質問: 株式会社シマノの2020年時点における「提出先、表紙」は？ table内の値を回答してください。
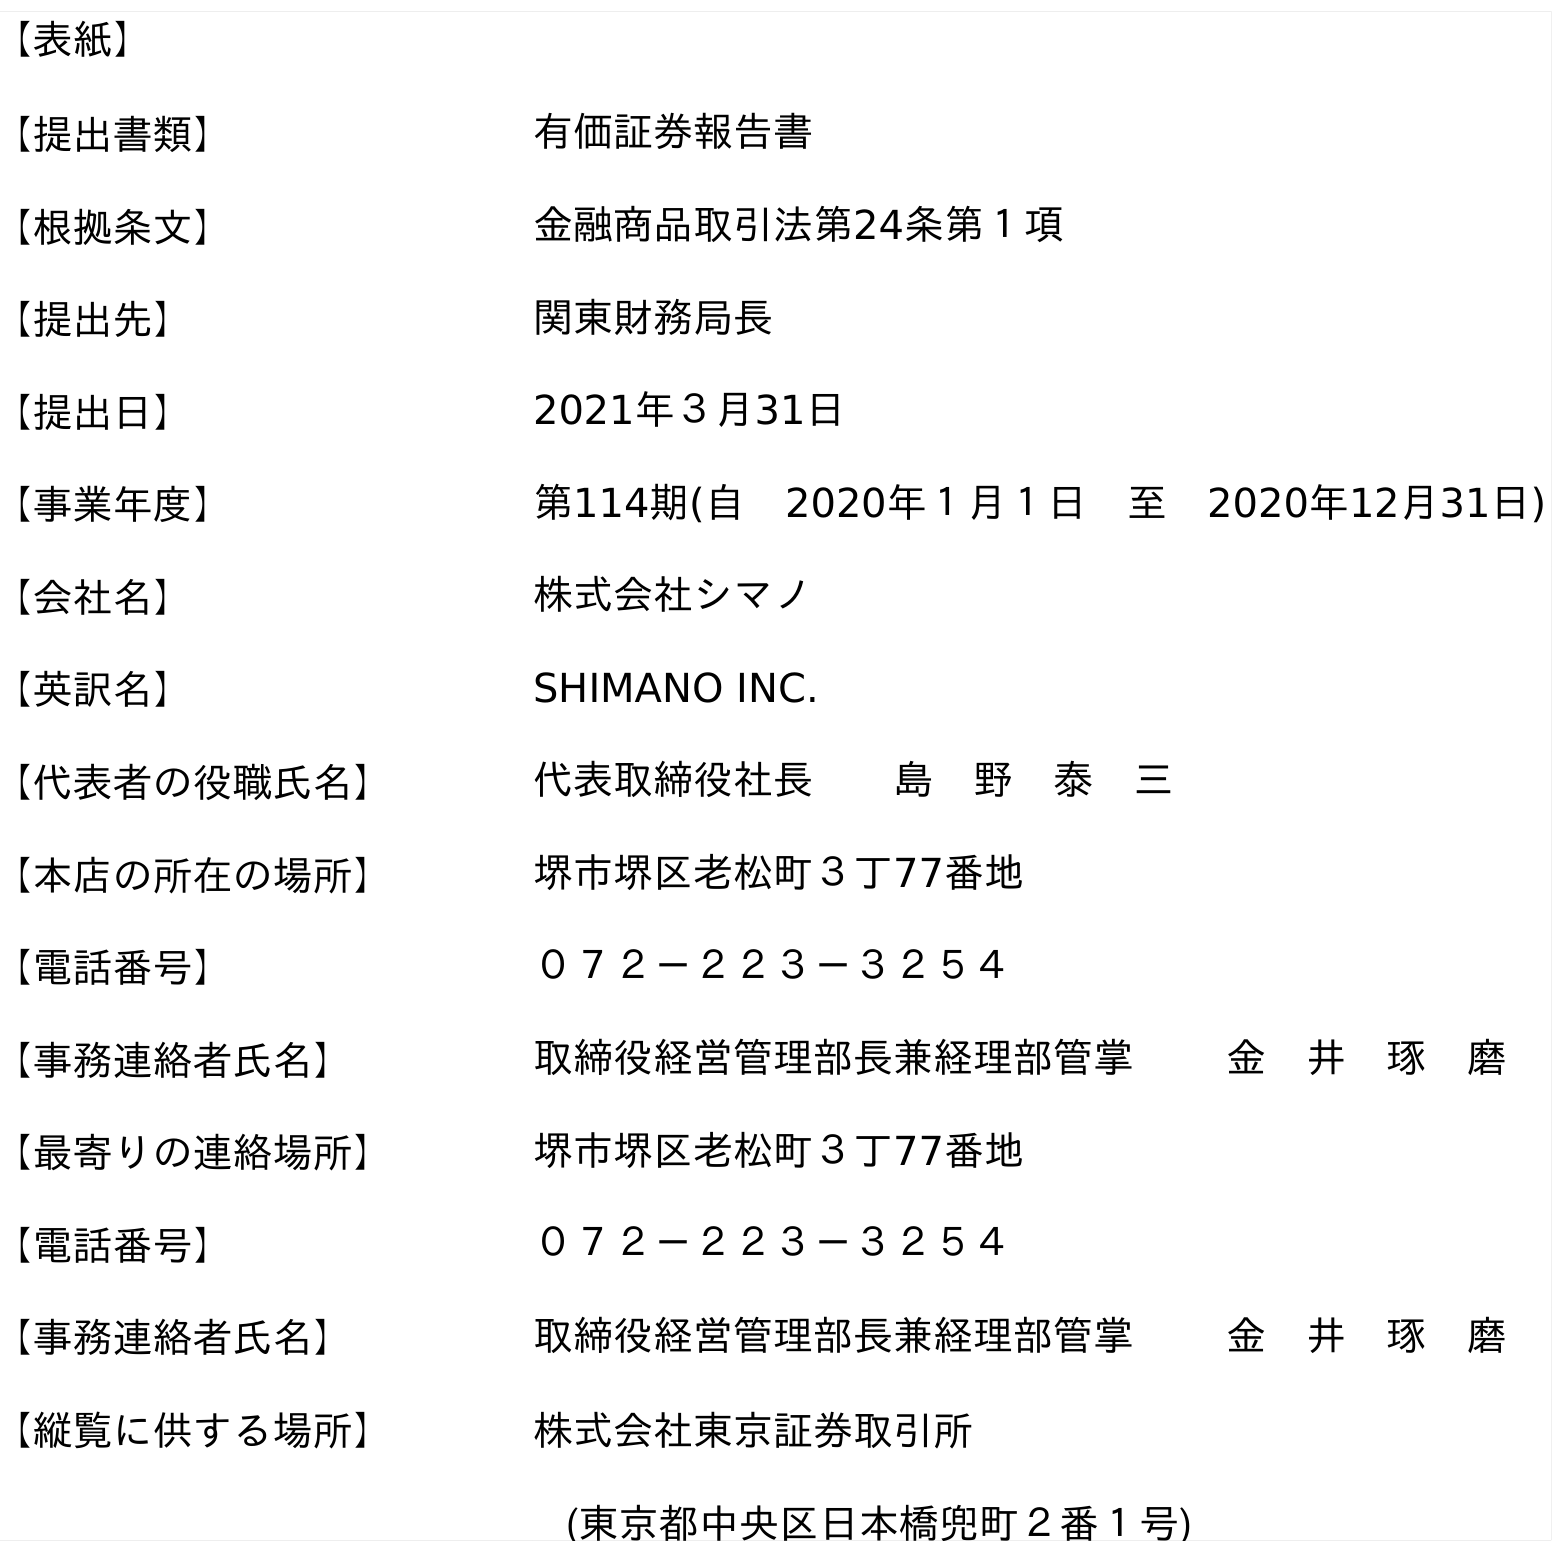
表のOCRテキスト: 【表紙】 【提出書類】 有価証券報告書 【根拠条文】 金融商品取引法第24条第１項 【提出先】 関東財務局長 【提出日】 2021年３月31日 【事業年度】 第114期(自 2020年１月１日 至 2020年12月31日) 【会社名】 株式会社シマノ 【英訳名】 SHIMANO INC. 【代表者の役職氏名】 代表取締役社長  島 野 泰 三 【本店の所在の場所】 堺市堺区老松町３丁77番地 【電話番号】 ０７２－２２３－３２５４ 【事務連絡者氏名】 取締役経営管理部長兼経理部管掌   金 井 琢 磨 【最寄りの連絡場所】 堺市堺区老松町３丁77番地 【電話番号】 ０７２－２２３－３２５４ 【事務連絡者氏名】 取締役経営管理部長兼経理部管掌   金 井 琢 磨 【縦覧に供する場所】 株式会社東京証券取引所 (東京都中央区日本橋兜町２番１号)
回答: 関東財務局長